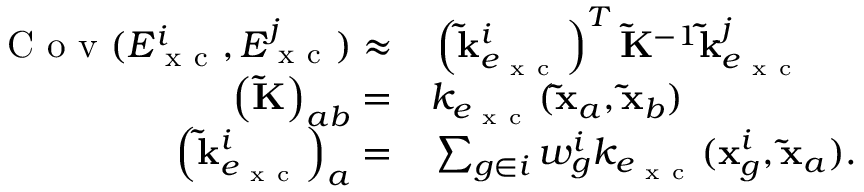
\begin{array} { r l } { \mathrm { ~ C ~ o ~ v ~ } ( E _ { \mathrm { ~ x ~ c ~ } } ^ { i } , E _ { \mathrm { ~ x ~ c ~ } } ^ { j } ) \approx } & { { } \left( \mathbf { \tilde { k } } _ { e _ { \mathrm { ~ x ~ c ~ } } } ^ { i } \right) ^ { T } \mathbf { \widetilde { K } } ^ { - 1 } \mathbf { \tilde { k } } _ { e _ { \mathrm { ~ x ~ c ~ } } } ^ { j } } \\ { \left( \mathbf { \widetilde { K } } \right) _ { a b } = } & { { } k _ { e _ { \mathrm { ~ x ~ c ~ } } } ( \mathbf { \tilde { x } } _ { a } , \mathbf { \tilde { x } } _ { b } ) } \\ { \left( \mathbf { \tilde { k } } _ { e _ { \mathrm { ~ x ~ c ~ } } } ^ { i } \right) _ { a } = } & { { } \sum _ { g \in i } w _ { g } ^ { i } k _ { e _ { \mathrm { ~ x ~ c ~ } } } ( \mathbf { x } _ { g } ^ { i } , \mathbf { \tilde { x } } _ { a } ) . } \end{array}